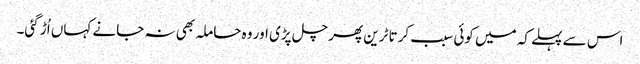
اس سے پہلے کہ میں کوئی سبب کرتا ٹرین پھر چل پڑی اور وہ حاملہ بھی نہ جانے کہاں اُڑ گئی۔